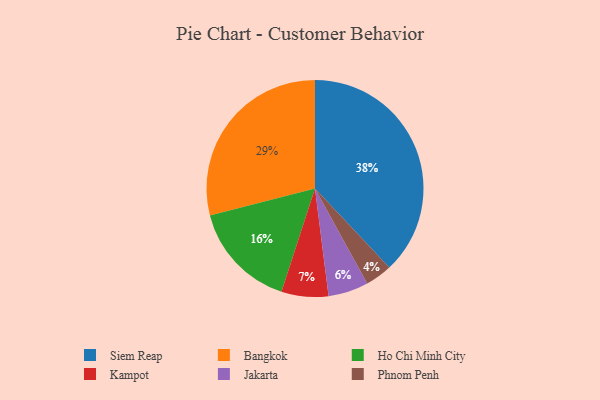
{"axis": {"x": "Category", "y": "Percentage"}, "legend": ["Bangkok", "Ho Chi Minh City", "Jakarta", "Kampot", "Phnom Penh", "Siem Reap"], "data": [{"x": "Kampot", "y": 7, "type": "Kampot"}, {"x": "Siem Reap", "y": 38, "type": "Siem Reap"}, {"x": "Phnom Penh", "y": 4, "type": "Phnom Penh"}, {"x": "Jakarta", "y": 6, "type": "Jakarta"}, {"x": "Bangkok", "y": 29, "type": "Bangkok"}, {"x": "Ho Chi Minh City", "y": 16, "type": "Ho Chi Minh City"}]}